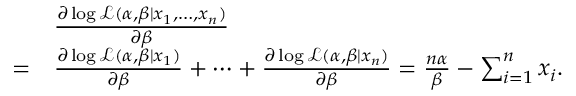
{ \begin{array} { r l } & { { \frac { \partial \log { \mathcal { L } } ( \alpha , \beta \mid x _ { 1 } , \ldots , x _ { n } ) } { \partial \beta } } } \\ { = } & { { \frac { \partial \log { \mathcal { L } } ( \alpha , \beta \mid x _ { 1 } ) } { \partial \beta } } + \cdots + { \frac { \partial \log { \mathcal { L } } ( \alpha , \beta \mid x _ { n } ) } { \partial \beta } } = { \frac { n \alpha } { \beta } } - \sum _ { i = 1 } ^ { n } x _ { i } . } \end{array} }